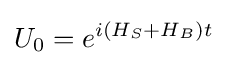
U_{0}=e^{i(H_{S}+H_{B})t}